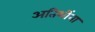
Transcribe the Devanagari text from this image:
अतिथींना